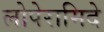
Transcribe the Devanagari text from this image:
लोपेरामिदे